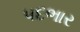
પદભાર